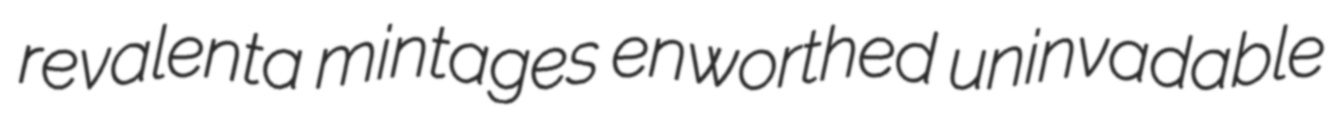
revalenta mintages enworthed uninvadable